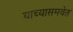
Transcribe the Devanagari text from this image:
याच्यासमवेत